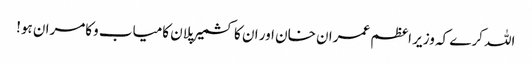
اللہ کرے کہ وزیر اعظم عمران خان اور ان کا کشمیر پلان کامیاب وکامران ہو!